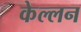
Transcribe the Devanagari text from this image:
केल्लन